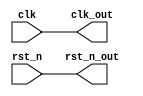
module single_ended_clocks_device(clk,
                                  rst_n,
                                  clk_out,
                                  rst_n_out);

  parameter RESET_ACTIVE_HIGH = 0;

  input clk;
  input rst_n;
  output clk_out;
  output rst_n_out;

  assign clk_out = clk;
  assign rst_n_out = RESET_ACTIVE_HIGH ? !rst_n : rst_n;

endmodule